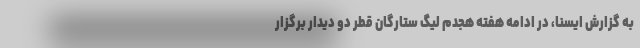
به گزارش ایسنا، در ادامه هفته هجدم لیگ ستارگان قطر دو دیدار برگزار